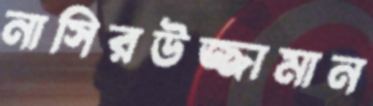
নাসিরউজ্জামান